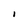
Character: I